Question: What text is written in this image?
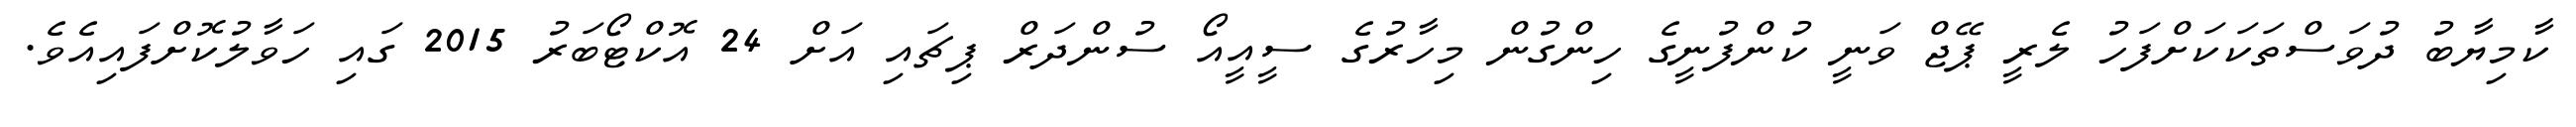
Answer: ކާމިޔާބު ދުވަސްތަކަކަށްފަހު ލެރީ ޕޭޖް ވަނީ ކުންފުނީގެ ހިންގުން މިހާރުގެ ސީއީއޯ ސުންދަރް ޕިޗައި އަށް 24 އޮކްޓޯބަރު 2015 ގައި ހަވާލުކޮށްފައިއެވެ.